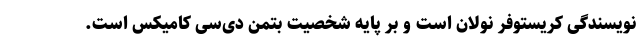
نویسندگی کریستوفر نولان است و بر پایهٔ شخصیت بتمن دی‌سی کامیکس است.